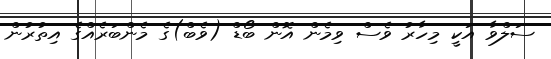
ސަލްވާ އަކީ މިހާރު ވެސް ވިމެން އޮން ބޯޑް (ވެބް)ގެ މެންބަރެއްގެ އިތުރުން